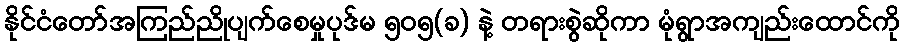
နိုင်ငံတော်အကြည်ညိုပျက်စေမှုပုဒ်မ ၅၀၅(ခ) နဲ့ တရားစွဲဆိုကာ မုံရွာအကျည်းထောင်ကို